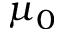
\mu _ { 0 }